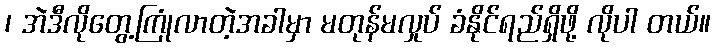
၊ အဲဒီလိုတွေ့ကြုံလာတဲ့အခါမှာ မတုန်မလှုပ် ခံနိုင်ရည်ရှိဖို့ လိုပါ တယ်။